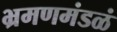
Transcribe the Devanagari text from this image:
भ्रमणमंडळं